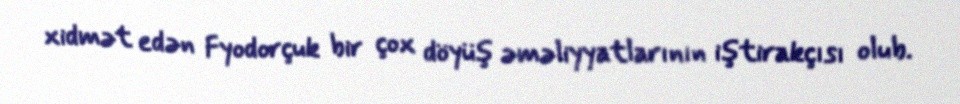
xidmət edən Fyodorçuk bir çox döyüş əməliyyatlarının iştirakçısı olub.